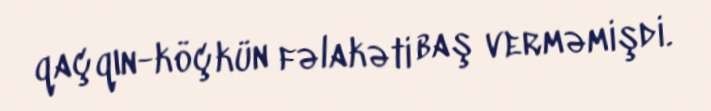
qaçqın-köçkün fəlakəti baş verməmişdi.